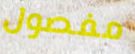
مفصول